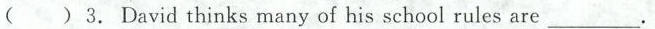
()3. David thinks many of his school rules are_________.